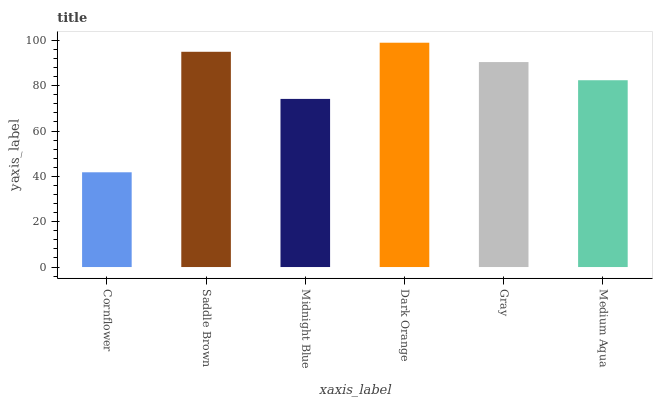
| xaxis_label | bars |
 | --- | --- |
 | Cornflower | 41.8 |
 | Saddle Brown | 95 |
 | Midnight Blue | 74.2 |
 | Dark Orange | 99 |
 | Gray | 90.4 |
 | Medium Aqua | 82.4 |